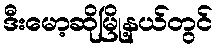
ဒီးမော့ဆိုမြို့နယ်တွင်